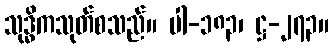
သုဒ္ဓိကသုတ်စသည်။ ပါ-၁၈၃၊ ဋ္ဌ-၂၇၃။